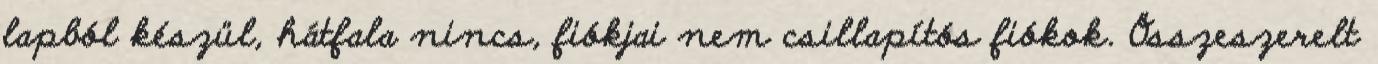
lapból készül, hátfala nincs, fiókjai nem csillapítós fiókok. Összeszerelt